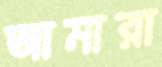
আমারা